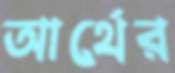
আর্থের